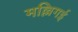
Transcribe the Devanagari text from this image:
मल्लिगई